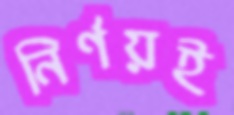
নির্ণয়ই